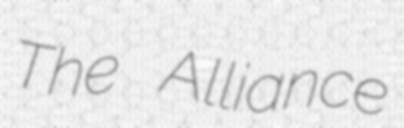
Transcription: The Alliance